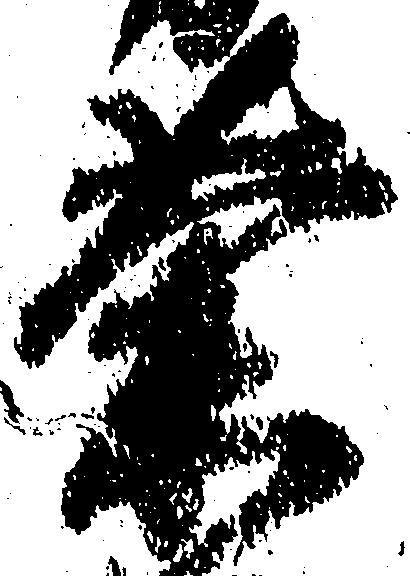
荼